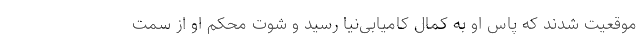
موقعیت شدند که پاس او به کمال کامیابی‌نیا رسید و شوت محکم او از سمت